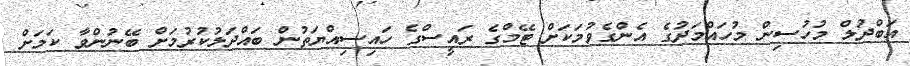
އަބްދުލް މުހުސިން މުހައްމަދުގެ އެންގެވުމަކަށް ޓޭމްގެ ރައީސްގެ ހައިސިއްޔަތުން ބައްދަލުކުރުމަށް ބޭނުންވާ ކަމަށް